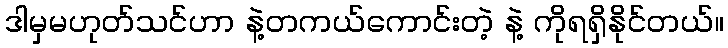
ဒါမှမဟုတ်သင်ဟာ နဲ့တကယ်ကောင်းတဲ့ နဲ့ ကိုရရှိနိုင်တယ်။